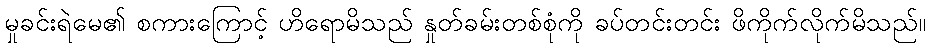
မှုခင်းရဲမေ၏ စကားကြောင့် ဟိရောမိသည် နှုတ်ခမ်းတစ်စုံကို ခပ်တင်းတင်း ဖိကိုက်လိုက်မိသည်။